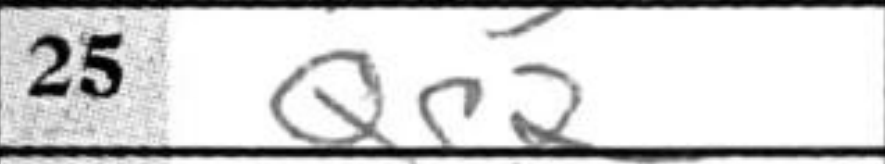
Transcription: Qc2